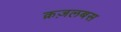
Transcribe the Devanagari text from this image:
क़ज़लबस